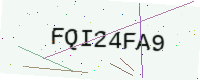
Text: FQI24FA9